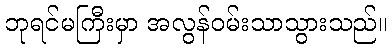
ဘုရင်မကြီးမှာ အလွန်ဝမ်းသာသွားသည်။